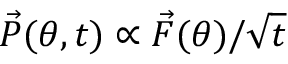
\vec { P } ( \theta , t ) \propto \vec { F } ( \theta ) / \sqrt { t }